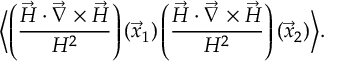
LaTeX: \biggl \langle \left( \frac { \vec { H } \cdot \vec { \nabla } \times \vec { H } } { H ^ { 2 } } \right) ( \vec { x } _ { 1 } ) \left( \frac { \vec { H } \cdot \vec { \nabla } \times \vec { H } } { H ^ { 2 } } \right) ( \vec { x } _ { 2 } ) \biggr \rangle .